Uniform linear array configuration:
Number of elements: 8
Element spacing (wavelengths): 0.75
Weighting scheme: exponential
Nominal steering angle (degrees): -30
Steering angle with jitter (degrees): -29.636
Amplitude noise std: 0.05
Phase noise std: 0.05

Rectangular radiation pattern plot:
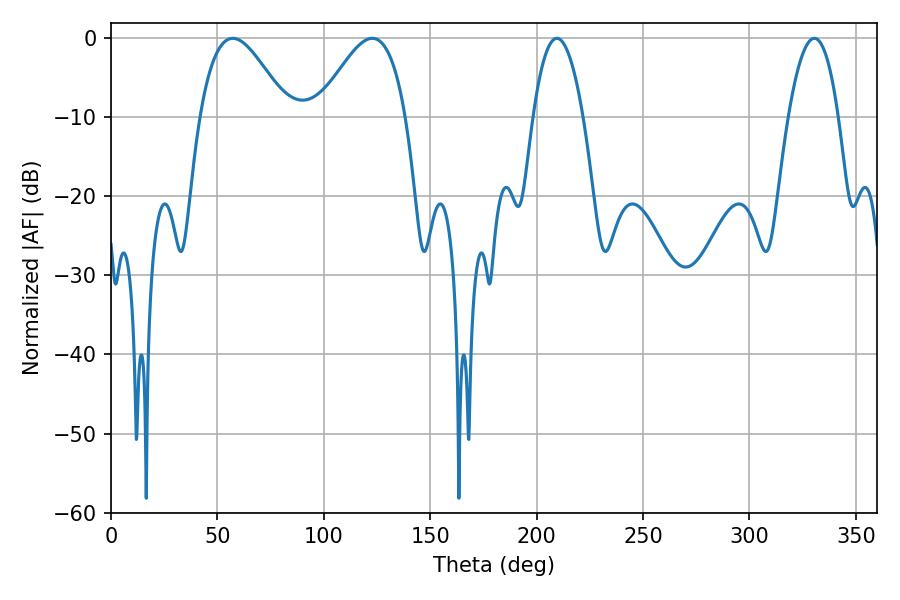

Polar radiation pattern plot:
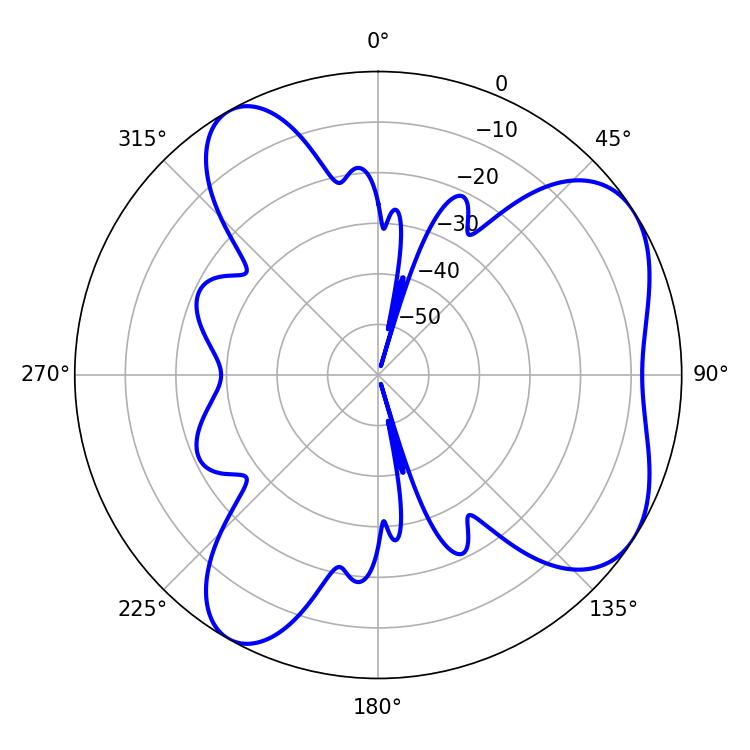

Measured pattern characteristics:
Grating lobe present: TRUE
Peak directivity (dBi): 5.923
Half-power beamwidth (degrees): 22.32
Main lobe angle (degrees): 57.24